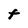
Character: t